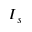
I { _ s }